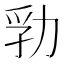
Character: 㔜